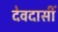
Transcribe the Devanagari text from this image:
देवदासीं